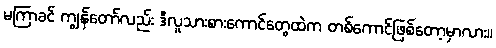
မကြာခင် ကျွန်တော်လည်း ဒီလူသားစားကောင်တွေထဲက တစ်ကောင်ဖြစ်တော့မှာလား။